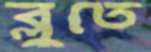
ব্লুতে